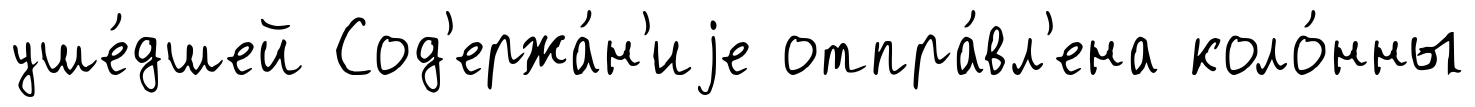
уше́дшей Сод'ержа́н'иjе отпра́вл'ена коло́нны